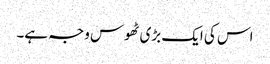
اس کی ایک بڑی ٹھوس وجہ ہے۔